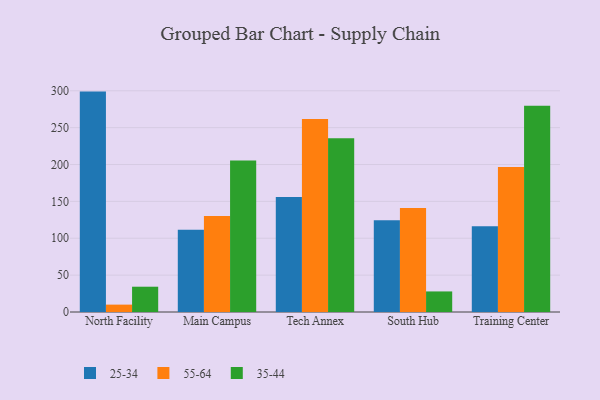
{"axis": {"x": "Campus", "y": "Demand Index"}, "legend": ["25-34", "35-44", "55-64"], "data": [{"x": "North Facility", "y": 298.9, "type": "25-34"}, {"x": "North Facility", "y": 10.0, "type": "55-64"}, {"x": "North Facility", "y": 34.3, "type": "35-44"}, {"x": "Main Campus", "y": 111.7, "type": "25-34"}, {"x": "Main Campus", "y": 130.2, "type": "55-64"}, {"x": "Main Campus", "y": 205.6, "type": "35-44"}, {"x": "Tech Annex", "y": 156.1, "type": "25-34"}, {"x": "Tech Annex", "y": 261.8, "type": "55-64"}, {"x": "Tech Annex", "y": 235.7, "type": "35-44"}, {"x": "South Hub", "y": 124.5, "type": "25-34"}, {"x": "South Hub", "y": 141.2, "type": "55-64"}, {"x": "South Hub", "y": 27.9, "type": "35-44"}, {"x": "Training Center", "y": 116.4, "type": "25-34"}, {"x": "Training Center", "y": 196.7, "type": "55-64"}, {"x": "Training Center", "y": 279.7, "type": "35-44"}]}